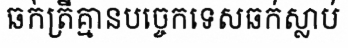
ឆក់ត្រីគ្មានបច្ចេកទេសឆក់ស្លាប់